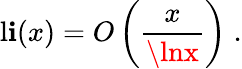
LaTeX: \operatorname{l\mathbf{i}}(x)=O\left({\frac{{x}}{{\lnx}}}\right)\; .